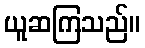
ယူဆကြသည်။